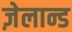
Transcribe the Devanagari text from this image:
ज़ेलान्ड